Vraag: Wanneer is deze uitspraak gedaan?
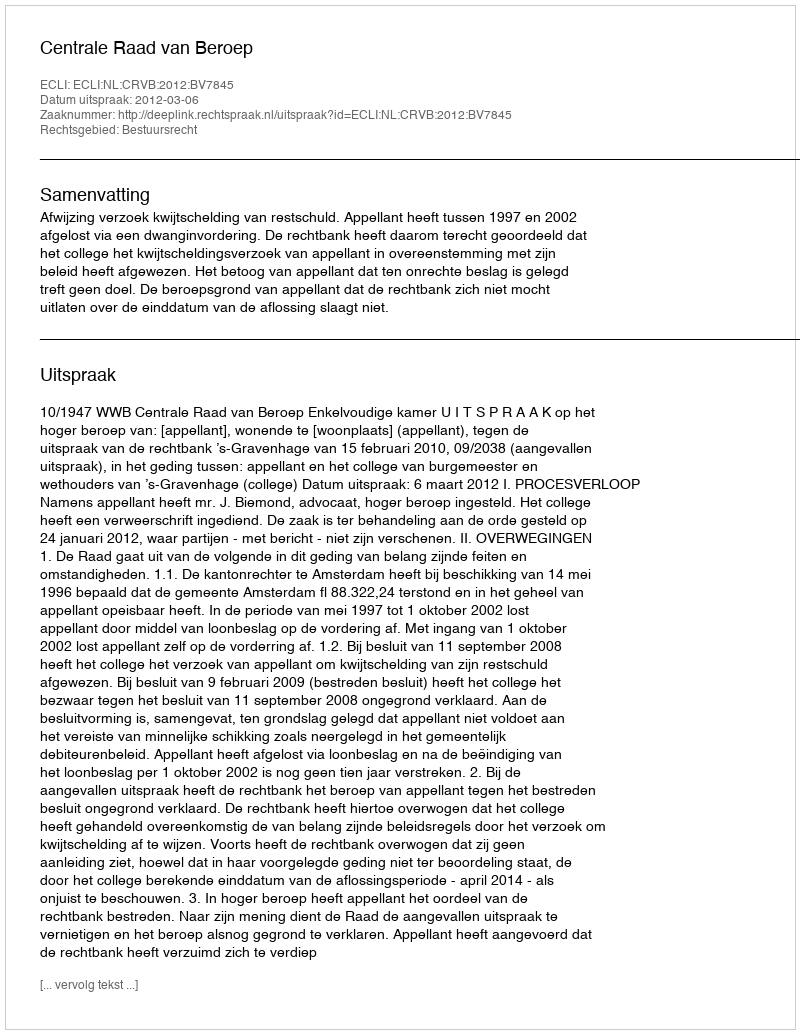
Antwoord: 2012-03-06